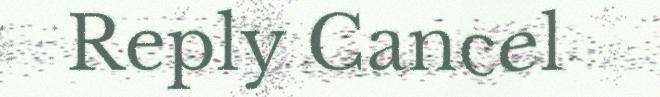
Reply Cancel